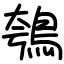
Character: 鴮